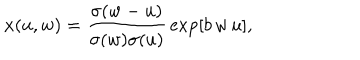
LaTeX: x ( u , w ) = { \frac { \sigma ( w - u ) } { \sigma ( w ) \sigma ( u ) } } \exp [ b \, w \, u ] ,